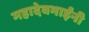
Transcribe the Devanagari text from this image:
महादेवभाईंनी